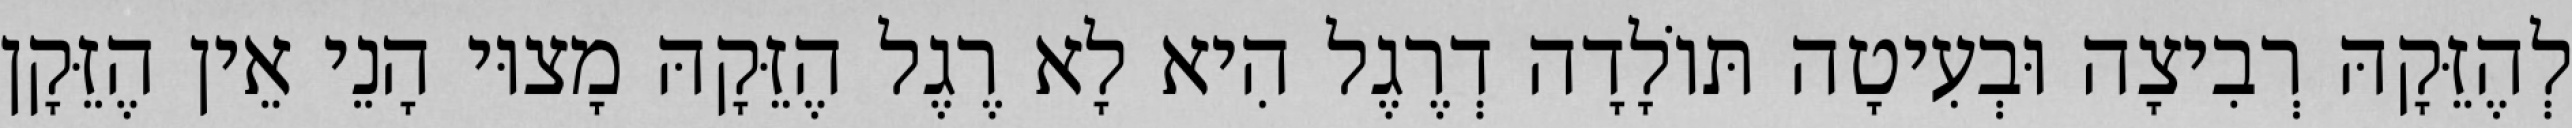
לְהֶזֵּקָהּ רְבִיצָה וּבְעִיטָה תּוֹלָדָה דְרֶגֶל הִיא לָא רֶגֶל הֶזֵּקָהּ מָצוּי הָנֵי אֵין הֶזֵּקָן